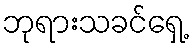
ဘုရားသခင်ရှေ့